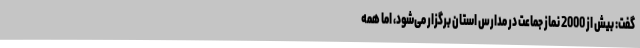
گفت: بیش از 2000 نماز جماعت در مدارس استان برگزار می‌شود، اما همه